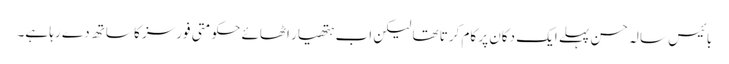
بائیس سالہ حسن پہلے ایک دکان پر کام کرتا تھا لیکن اب ہتھیار اٹھائے حکومتی فورسز کا ساتھ دے رہا ہے۔